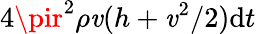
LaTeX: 4\pir^{2}\rho\mathit{v}(h+\mathit{v}^{2}/2)\mathrm{{d}}t